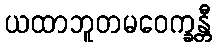
ယထာဘူတမဝေက္ခန္တီ